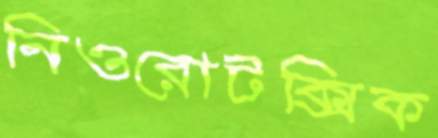
নিওরোটক্সিক